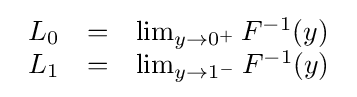
{\begin{array}{rcl}L_{0}&=&\lim _{y\rightarrow 0^{+}}F^{-1}(y)\\L_{1}&=&\lim _{y\rightarrow 1^{-}}F^{-1}(y)\end{array}}